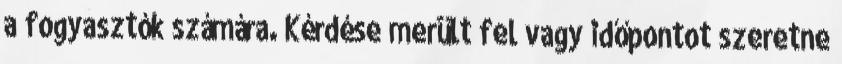
a fogyasztók számára. Kérdése merült fel vagy időpontot szeretne